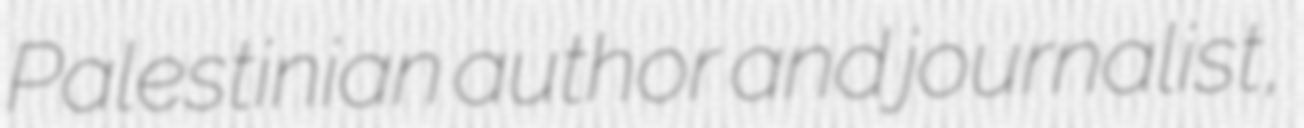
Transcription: Palestinian author and journalist,